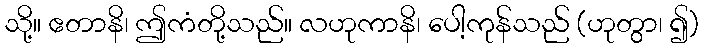
သို့။ ဧတာနိ၊ ဤကံတို့သည်။ လဟုကာနိ၊ ပေါ့ကုန်သည် (ဟုတွာ၊ ၍)